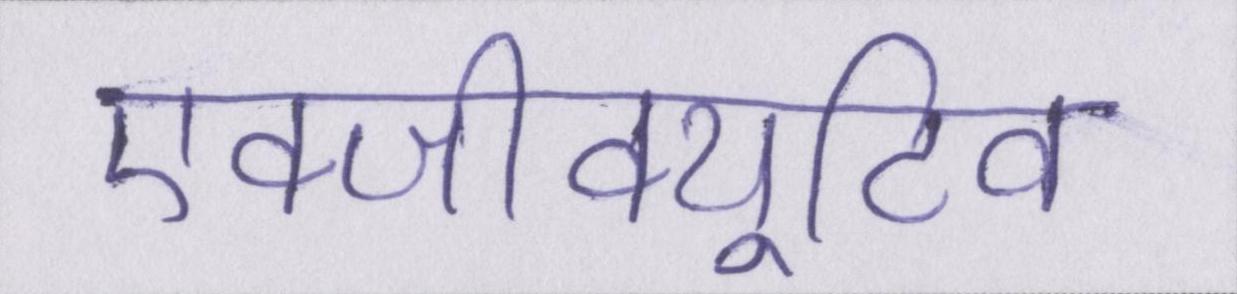
एक्जीक्यूटिव